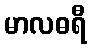
မာလဓရီ